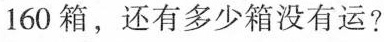
160箱，还有多少箱没有运?